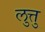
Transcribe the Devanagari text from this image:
लुत्तु